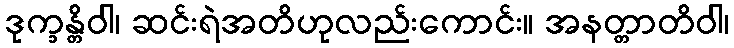
ဒုက္ခန္တိဝါ၊ ဆင်းရဲအတိဟုလည်းကောင်း။ အနတ္တာတိဝါ၊